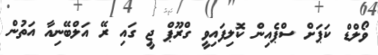
ވޯލްޑް ކަޕަށް ސްޕެއިން ކޮލިފައިވީ ގްރޫޕް ޖީ ގައި ރޭ އަލްބޭނިއާ އަތުން